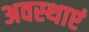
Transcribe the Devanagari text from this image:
अवस्‍थाएं